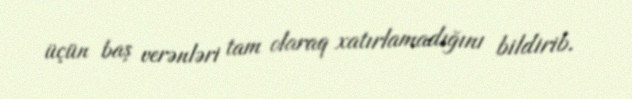
üçün baş verənləri tam olaraq xatırlamadığını bildirib.